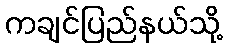
ကချင်ပြည်နယ်သို့